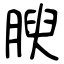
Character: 腴